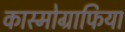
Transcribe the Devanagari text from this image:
कास्मोग्राफिया